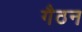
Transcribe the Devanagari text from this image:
गैठन